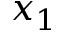
x _ { 1 }